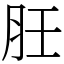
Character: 䏕